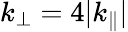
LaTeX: k_{\perp}=4|k_{\parallel}|